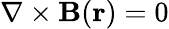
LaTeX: \nabla\times\mathbf{B}(\mathbf{r})=0